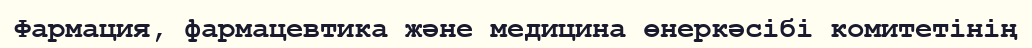
Фармация, фармацевтика және медицина өнеркәсібі комитетінің